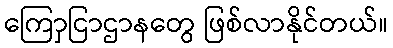
ကြောှငြာဌာနတွေ ဖြစ်လာနိုင်တယ်။